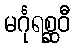
မင်္ဂုရစ္ဆဝီ